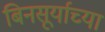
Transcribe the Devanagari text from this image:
बिनसूर्याच्या